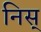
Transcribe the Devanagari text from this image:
निस्‌